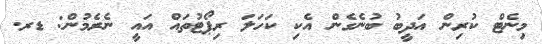
މިނެޓް ކުރިން އަދީބު ބުނެގެން އެކި ކަހަލަ ރިޕޯޓުތައް އައީ ނެރެމުން: ޑރ.